Tezpur Lunatic Asylum reports 1895-1904 - 1895-1904
Year: 1895
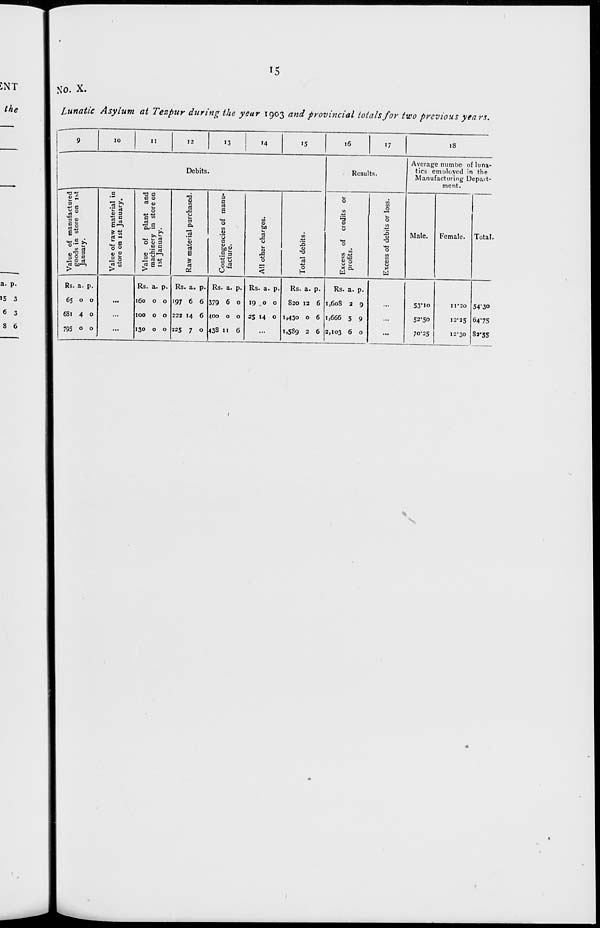
/
Ol
a Ol
Ol
50
p
Value of manufactured
goods in store on ist
\
VO
o *.
o
January.
o
o
o •p
Value of raw material in
store on ist January.
o
GO
o
Ol
50
O
o
o
Value of plant and
o
o
o
p
machinery in store on
•"
o
0
o •o
ist January.
u
to
1/1
to
M
o
VI
P0
UI
VI
•*"
Ol
p
Raw material purchased.
D
n
cr
to
o
Oi
o> ■o
5T
-u
4x
Ol
GO
O
v|
SF
00
o o
M
•
Contingencies of manu-
o
Ol
p
facture.
CJ
ov
0
o 7
to
oi
VO
JO
to
•
£ o p All other charges.
4>
o
o "?
Ol
—
CO
00
Co
10
JO
VO
o
o
CO
to
0
10
p
Total debits.
oi
cv Oi Ol •p
N
o>
Ol
0
Ol
o
JO
GO
o» CO ca
Excess of credits or
oi en
to
P
profits.
JO
Ol
0
VO
VO
?
a
c_
:
;
Excess of debits or loss.
v|
Ol
Ol
g
q
to
OJ
2.
oi
FT
p 2 "
Ol
o
o
age
err
nufa
n
a^sg
to
to
M
3
p_
S 5,5 3
CO
Go
10
to
75*
• era a.™
o
UI
0
of In
in t
Uep
CO
M
O.
Ot
4-
H
(M
v)
o>
■
■
1 Ol Ol o
p.
s*
So
•v.
K
s
•g
S
Cnv
o
CO
X
Sv,
V5
v>
V5
G>
OK
fi
•♦*
■<*
CJ
O"
R
G»
<%
Si
>t
o.
o
CM